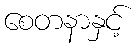
စေတနာနှင့်